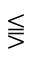
\lesseqqgtr